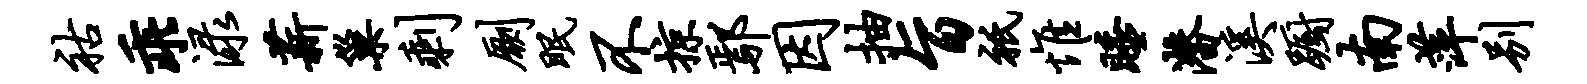
祜乖渌薪巢剩劂眠不掠鄢因抽旨只惟睡潜溪蹰南萍别